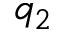
q _ { 2 }